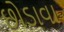
છોડાવા